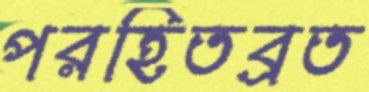
পরহিতব্রত